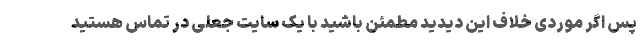
پس اگر موردی خلاف این دیدید مطمئن باشید با یک سایت جعلی در تماس هستید